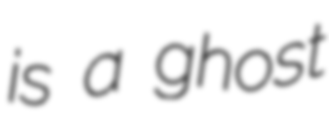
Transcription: is a ghost